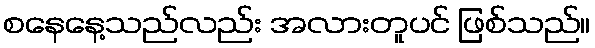
စနေနေ့သည်လည်း အလားတူပင် ဖြစ်သည်။